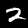
Digit: 2